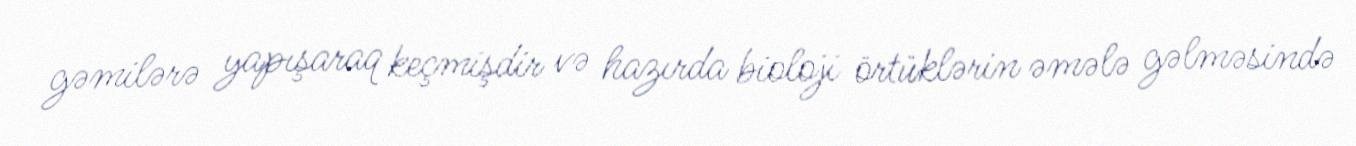
gəmilərə yapışaraq keçmişdir və hazırda bioloji örtüklərin əmələ gəlməsində